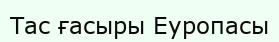
Тас ғасыры Еуропасы